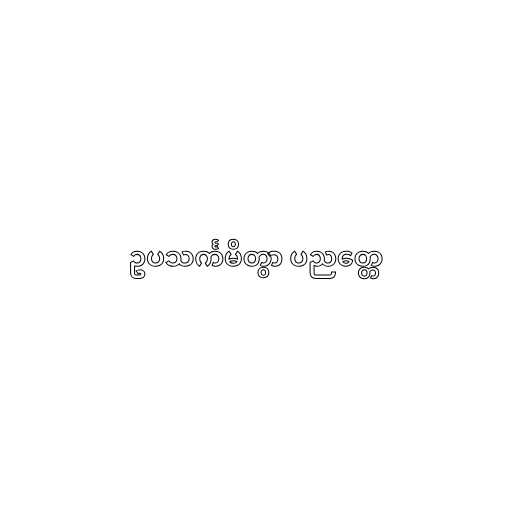
ဥပသင်္ကမိတွာ ပညတ္တေ